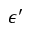
\epsilon ^ { \prime }